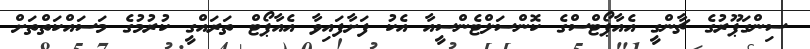
ސިންގަޕޫރުގެ ޗާންގީ އެއާޕޯޓްސްގެ ކޮންސަލްޓެންސީއާ އެކު ފަށާފައިވާ އެއާޕޯޓް ތަރައްގީ ކުރުމުގެ މަސައްކަތްތަށް